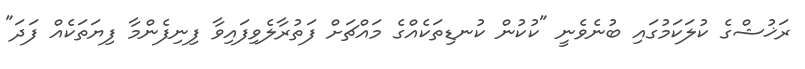
ރަޚުޝްގެ ކުލަކަމުގައި ބުނެވެނީ "ކުކުން ކުނޑިތަކެއްގެ މައްޗަށް ފަތުރާލެވިފައިވާ ފިނިފެންމާ ފިޔަތަކެއް ފަދަ"